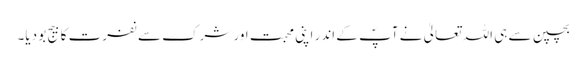
بچپن سے ہی اللہ تعالیٰ نے آپؐ کے اندر اپنی محبت اور شرک سے نفرت کا بیج بو دیا۔